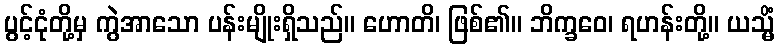
ပွင့်ငုံတို့မှ ကွဲအာသော ပန်းမျိုးရှိသည်။ ဟောတိ၊ ဖြစ်၏။ ဘိက္ခဝေ၊ ရဟန်းတို့။ ယသ္မိံ